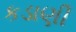
કડાણી